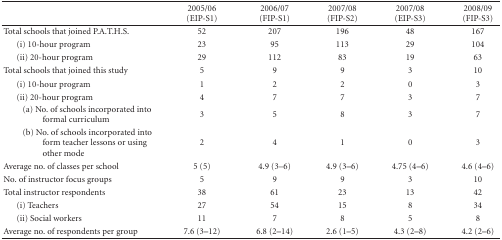
|  | 2005/06 (EIP-S1) | 2006/07 (FIP-S1) | 2007/08 (FIP-S2) | 2007/08 (EIP-S3) | 2008/09 (FIP-S3) |
 | --- | --- | --- | --- | --- | --- |
 | Total schools that joined P.A.T.H.S. | 52 | 207 | 196 | 48 | 167 |
 | (i) 10-hour program | 23 | 95 | 113 | 29 | 104 |
 | (ii) 20-hour program | 29 | 112 | 83 | 19 | 63 |
 | Total schools that joined this study | 5 | 9 | 9 | 3 | 10 |
 | (i) 10-hour program | 1 | 2 | 2 | 0 | 3 |
 | (ii) 20-hour program | 4 | 7 | 7 | 3 | 7 |
 | (a) No. of schools incorporated into formal curriculum | 3 | 5 | 8 | 3 | 7 |
 | (b) No. of schools incorporated into form teacher lessons or using other mode | 2 | 4 | 1 | 0 | 3 |
 | Average no. of classes per school | 5 (5) | 4.9 (3–6) | 4.9 (3–6) | 4.75 (4–6) | 4.6 (4–6) |
 | No. of instructor focus groups | 5 | 9 | 9 | 3 | 10 |
 | Total instructor respondents | 38 | 61 | 23 | 13 | 42 |
 | (i) Teachers | 27 | 54 | 15 | 8 | 34 |
 | (ii) Social workers | 11 | 7 | 8 | 5 | 8 |
 | Average no. of respondents per group | 7.6 (3–12) | 6.8 (2–14) | 2.6 (1–5) | 4.3 (2–8) | 4.2 (2–6) |